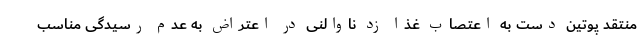
منتقد پوتین دست به اعتصاب غذا زد ناوالنی در اعتراض به عدم رسیدگی مناسب